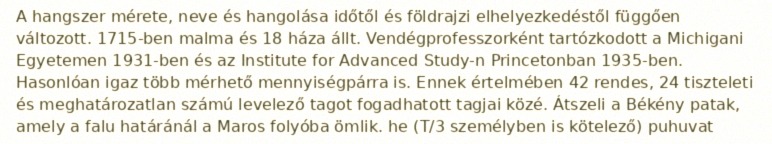
A hangszer mérete, neve és hangolása időtől és földrajzi elhelyezkedéstől függően változott. 1715-ben malma és 18 háza állt. Vendégprofesszorként tartózkodott a Michigani Egyetemen 1931-ben és az Institute for Advanced Study-n Princetonban 1935-ben. Hasonlóan igaz több mérhető mennyiségpárra is. Ennek értelmében 42 rendes, 24 tiszteleti és meghatározatlan számú levelező tagot fogadhatott tagjai közé. Átszeli a Békény patak, amely a falu határánál a Maros folyóba ömlik. he (T/3 személyben is kötelező) puhuvat